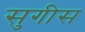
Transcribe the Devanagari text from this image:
सुगीस